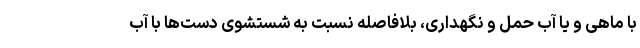
با ماهی و یا آب حمل و نگهداری، بلافاصله نسبت به شستشوی دست‌ها با آب